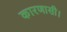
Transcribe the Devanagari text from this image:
कारणासी।